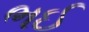
ભઈ